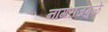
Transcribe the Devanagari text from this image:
नागराजमुळे